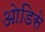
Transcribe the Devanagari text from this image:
ओडिसे